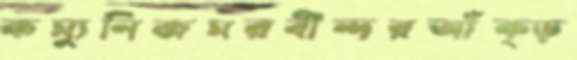
কম্যুনিজমরবীন্দরআঁক্‌ড়